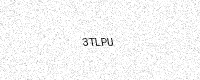
Text: 3TLPU